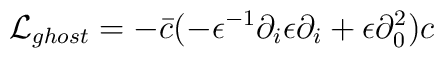
{\cal L}_{ghost}= -\bar c (-\epsilon^{-1} \partial_i\epsilon \partial_i + \epsilon \partial_0^2 )c \nonumber